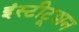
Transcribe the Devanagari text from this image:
इंस्टीटूशन